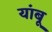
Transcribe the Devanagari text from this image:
यांबू